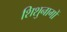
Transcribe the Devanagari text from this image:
शिशुनागों